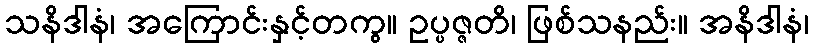
သနိဒါနံ၊ အကြောင်းနှင့်တကွ။ ဥပ္ပဇ္ဇတိ၊ ဖြစ်သနည်း။ အနိဒါနံ၊